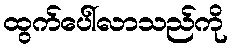
ထွက်ပေါ်လာသည်ကို